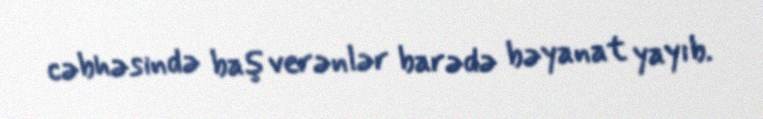
cəbhəsində baş verənlər barədə bəyanat yayıb.